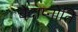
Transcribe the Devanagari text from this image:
चेदाप्नोति